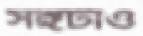
সঙ্গটাও